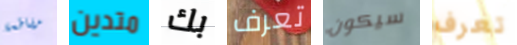
مقاطعة متدين بك تعرف سيكون تعرف